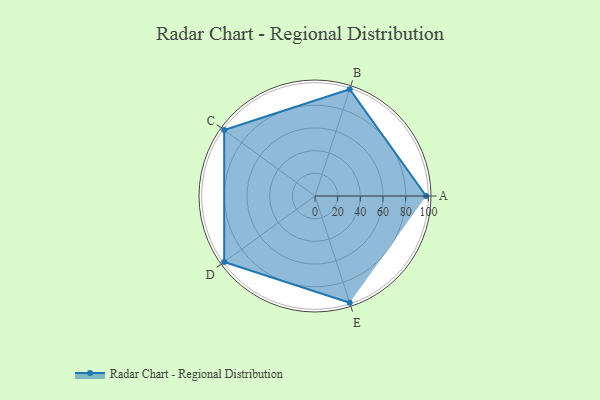
{"axis": {"x": "Skill", "y": "Score"}, "legend": ["Profile"], "data": [{"x": "A", "y": 98.0, "type": "Profile"}, {"x": "B", "y": 99.0, "type": "Profile"}, {"x": "C", "y": 99, "type": "Profile"}, {"x": "D", "y": 99, "type": "Profile"}, {"x": "E", "y": 99, "type": "Profile"}]}